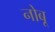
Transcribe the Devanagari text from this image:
नोबू